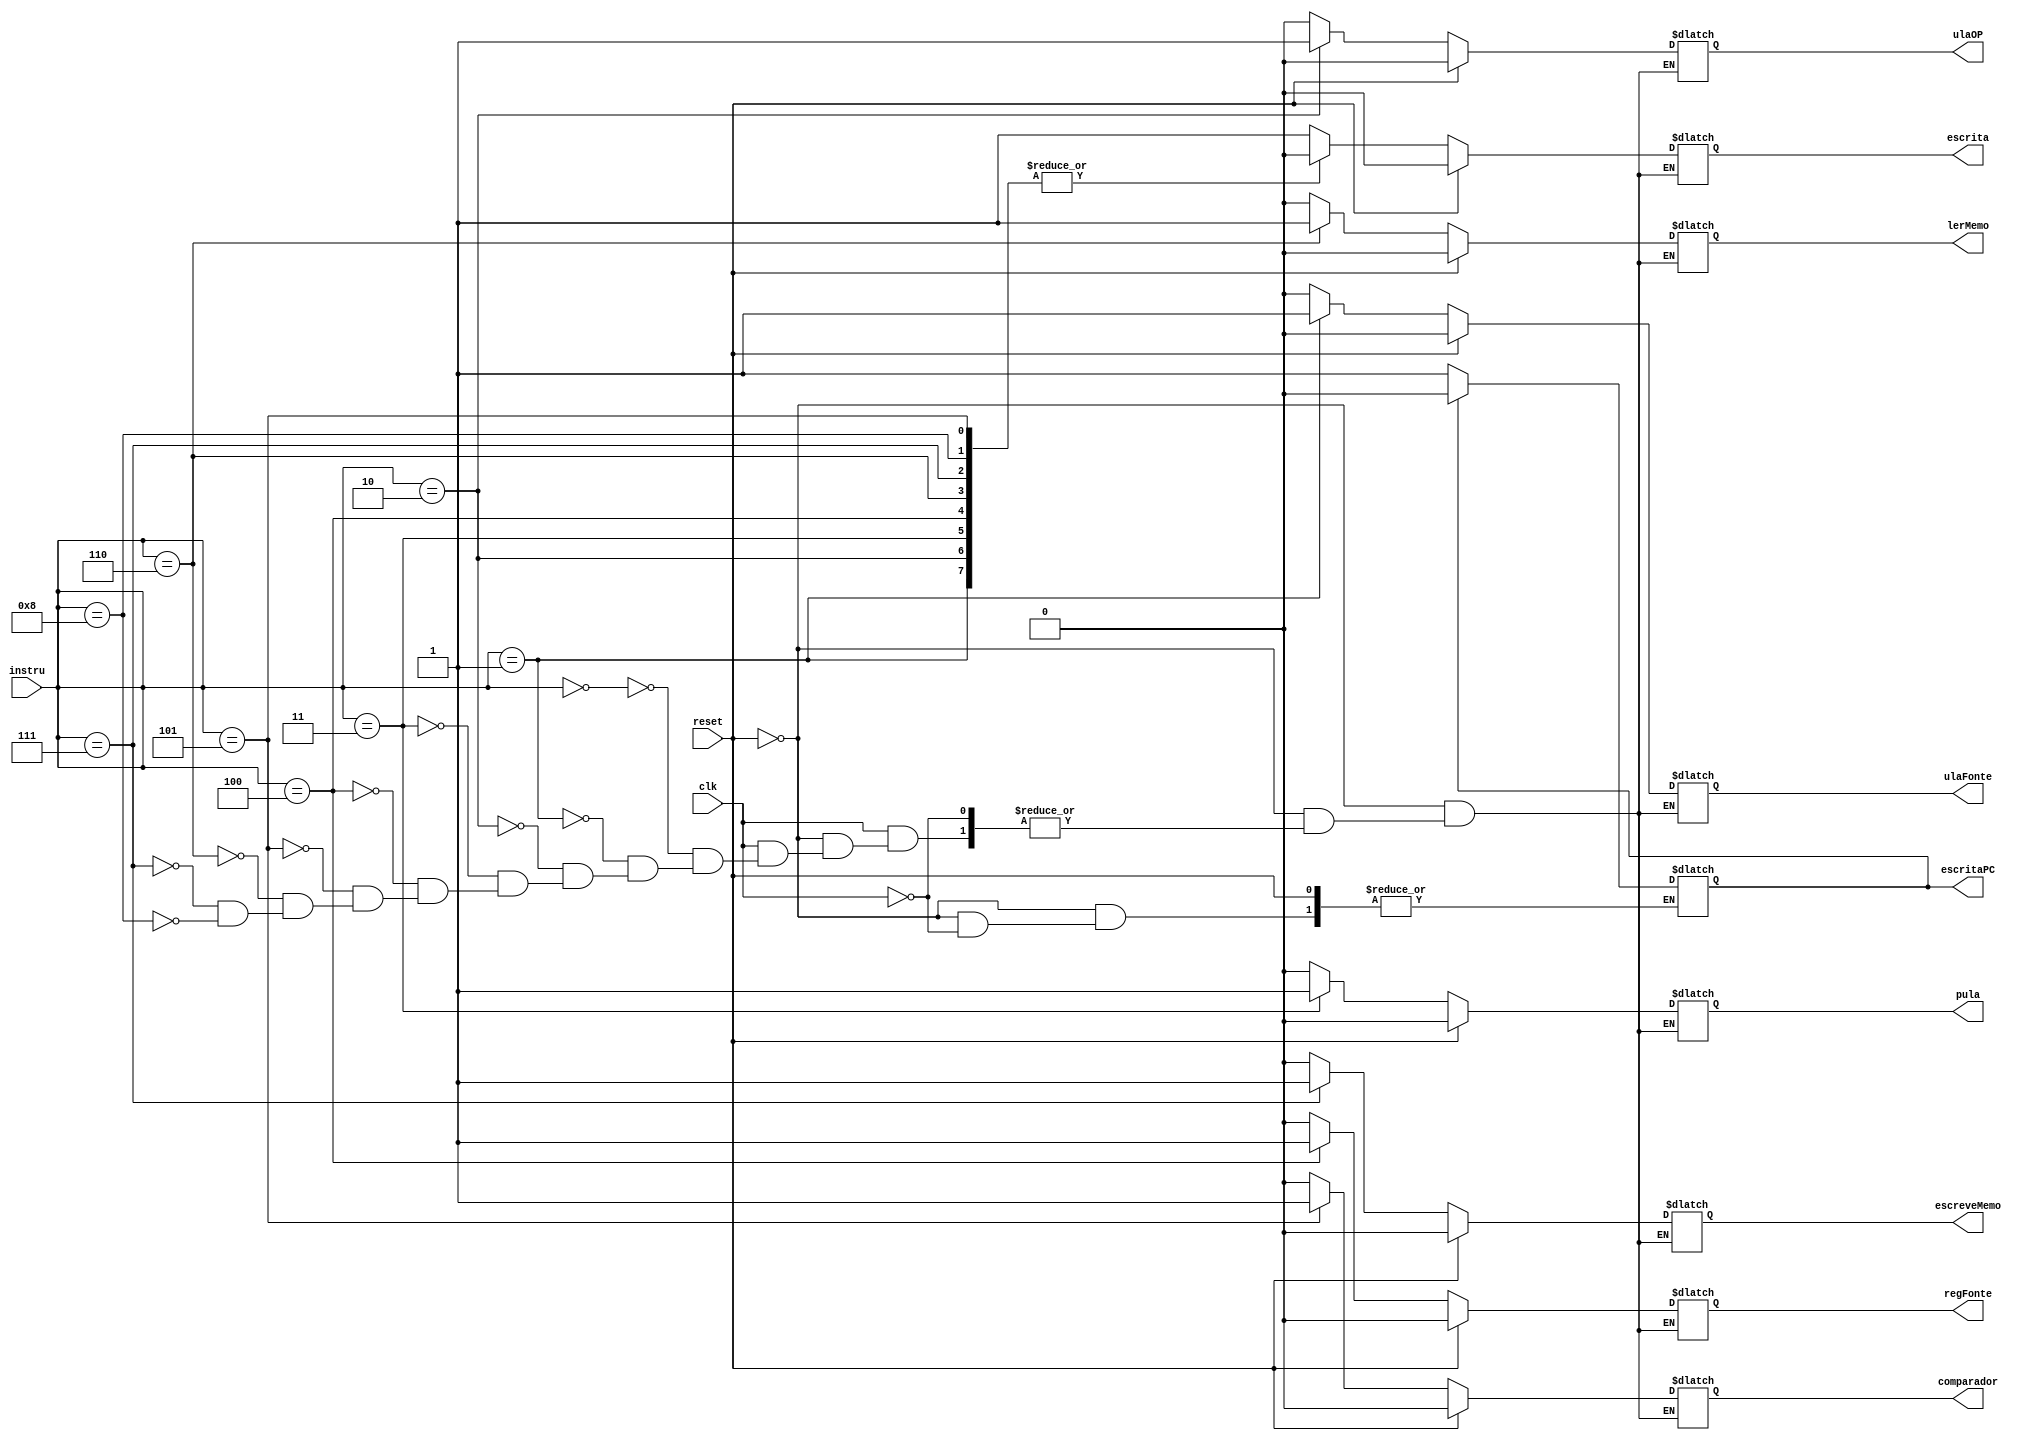
module controleUnit (instru, clk, reset,escrita, escritaPC,ulaFonte, ulaOP, pula, regFonte, comparador,lerMemo, escreveMemo);
	input [7:0] instru;		
	input clk, reset;
	output reg escrita, escritaPC,ulaFonte, ulaOP, pula, regFonte, comparador,lerMemo, escreveMemo;
	
	
	initial begin
		$display("Testando CONTROLE ...");
		$monitor(" Instrucao = %b  reset = %b 	escrita = %b escritaPC = %b ulaFonte = %b ulaOP = %b pula = %b regFonte = %b comparador = %b lerMemo = %b escreveMemo = %b",instru,reset,escrita, escritaPC,ulaFonte, ulaOP, pula, regFonte, comparador,lerMemo, escreveMemo );	
		end
	
	
	
	
	
	initial begin
					escrita = 1'b0;
					ulaFonte = 1'b0;
					ulaOP = 1'b0;
					pula = 1'b0;
					regFonte = 1'b0;
					comparador = 1'b0;
					lerMemo = 1'b0;
					escreveMemo = 1'b0;		
					escritaPC = 1'b0;
	end
	
	
	
	
	 always@(instru, clk, reset)
		if(reset)
			begin
					escrita = 1'b0;
					ulaFonte = 1'b0;
					ulaOP = 1'b0;
					pula = 1'b0;
					regFonte = 1'b0;
					comparador = 1'b0;
					lerMemo = 1'b0;
					escreveMemo = 1'b0;			
				end
		else	
			begin
				if(clk)
						begin
							if (escritaPC)
								escritaPC = 0;
							else
								escritaPC = 1;
							case(instru)
								8'b00000000: 
									begin
										escrita = 1'b1;
										ulaFonte = 1'b0;
										ulaOP = 1'b0;
										pula = 1'b0;
										regFonte = 1'b0;
										comparador = 1'b0;
										lerMemo = 1'b0;
										escreveMemo = 1'b0;	
									
									end
								8'b00000001: 
									begin
										escrita = 1'b0;
										ulaFonte = 1'b1;
										ulaOP = 1'b0;
										pula = 1'b0;
										regFonte = 1'b0;
										comparador = 1'b0;
										lerMemo = 1'b0;
										escreveMemo = 1'b0;	
									end
								8'b00000010:
									begin
										escrita = 1'b0;
										ulaFonte = 1'b0;
										ulaOP = 1'b1;
										pula = 1'b0;
										regFonte = 1'b0;
										comparador = 1'b0;
										lerMemo = 1'b0;
										escreveMemo = 1'b0;
									end
								8'b00000011:
									begin
										escrita = 1'b0;
										ulaFonte = 1'b0;
										ulaOP = 1'b0;
										pula = 1'b1;
										regFonte = 1'b0;
										comparador = 1'b0;
										lerMemo = 1'b0;
										escreveMemo = 1'b0;
									end
								8'b00000100:
									begin
										escrita = 1'b0;
										ulaFonte = 1'b0;
										ulaOP = 1'b0;
										pula = 1'b0;
										regFonte = 1'b1;
										comparador = 1'b0;
										lerMemo = 1'b0;
										escreveMemo = 1'b0;	
									end
								8'b00000101: 
									begin
										escrita = 1'b0;
										ulaFonte = 1'b0;
										ulaOP = 1'b0;
										pula = 1'b0;
										regFonte = 1'b0;
										comparador = 1'b1;
										lerMemo = 1'b0;
										escreveMemo = 1'b0;	
									end
								8'b00000110:
									begin
										escrita = 1'b0;
										ulaFonte = 1'b0;
										ulaOP = 1'b0;
										pula = 1'b0;
										regFonte = 1'b0;
										comparador = 1'b0;
										lerMemo = 1'b1;
										escreveMemo = 1'b0;	
									end
								8'b00000111: 
									begin
										escrita = 1'b0;
										ulaFonte = 1'b0;
										ulaOP = 1'b0;
										pula = 1'b0;
										regFonte = 1'b0;
										comparador = 1'b0;
										lerMemo = 1'b0;
										escreveMemo = 1'b1;
									end
								8'b00001000: 
									begin
										escrita = 1'b0;
										ulaFonte = 1'b0;
										ulaOP = 1'b0;
										pula = 1'b0;
										regFonte = 1'b0;
										comparador = 1'b0;
										lerMemo = 1'b0;
										escreveMemo = 1'b0;
									end
								
							endcase		
							
			end
		end
endmodule